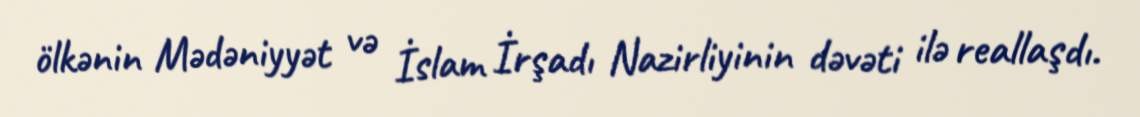
ölkənin Mədəniyyət və İslam İrşadı Nazirliyinin dəvəti ilə reallaşdı.